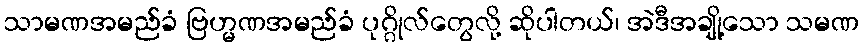
သာမဏအမည်ခံ ဗြဟ္မဏအမည်ခံ ပုဂ္ဂိုလ်တွေလို့ ဆိုပါတယ်၊ အဲဒီအချို့သော သမဏ